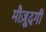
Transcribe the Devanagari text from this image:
मौज़ूदगी